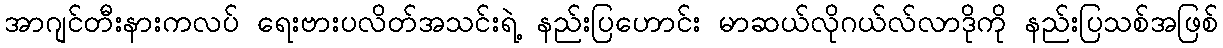
အာဂျင်တီးနားကလပ် ရေးဗားပလိတ်အသင်းရဲ့ နည်းပြဟောင်း မာဆယ်လိုဂယ်လ်လာဒိုကို နည်းပြသစ်အဖြစ်